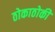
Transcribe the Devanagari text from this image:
ठोकाठोकी